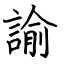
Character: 諭